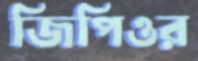
জিপিওর